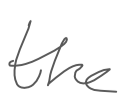
Text: the
Cross-out: clean
Writing tool: digital_gray